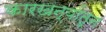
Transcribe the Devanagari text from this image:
कारखन्यांतून